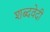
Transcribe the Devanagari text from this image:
शब्दवेदी